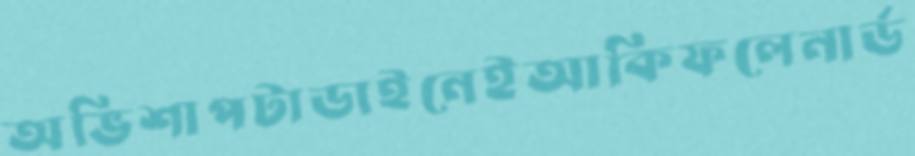
অভিশাপটাডাইনেইআকিফলেনার্ড